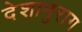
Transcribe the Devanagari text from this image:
देशानुराग